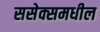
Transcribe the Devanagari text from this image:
ससेक्समधील